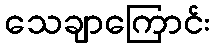
သေချာကြောင်း